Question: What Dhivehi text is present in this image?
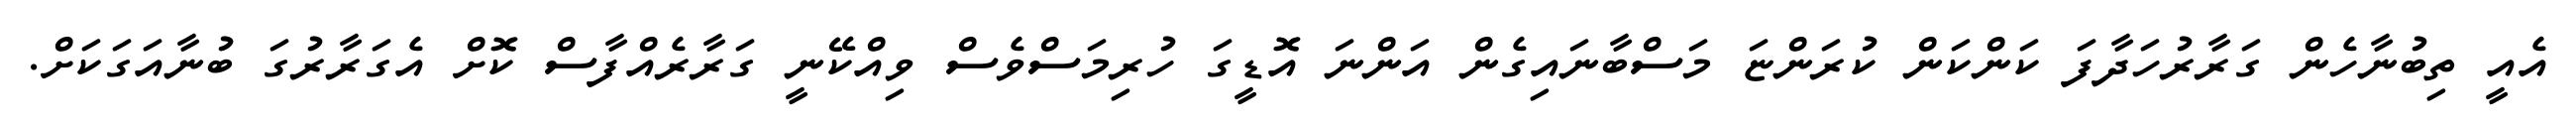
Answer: އެއީ ތިބުނާހެން ގަރާރުހަދާފަ ކަންކަން ކުރަންޏަ މަސްބާނައިގެން އަންނަ އޮޑީގަ ހުރިމަސްވެސް ވިއްކޭނީ ގަރާރެއްފާސް ކޮށް އެގަރާރުގަ ބުނާއަގަކަށް.